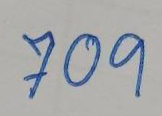
709